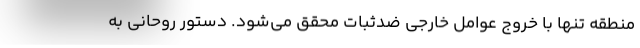
منطقه تنها با خروج عوامل خارجی ضدثبات محقق می‌شود. دستور روحانی به